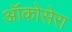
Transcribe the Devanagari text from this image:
ऑंकोसेरा